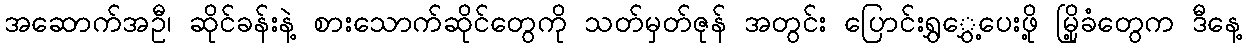
အဆောက်အဦ၊ ဆိုင်ခန်းနဲ့ စားသောက်ဆိုင်တွေကို သတ်မှတ်ဇုန် အတွင်း ပြောင်းရွှွှေ့ပေးဖို့ မြို့ခံတွေက ဒီနေ့